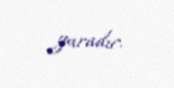
yaradır.